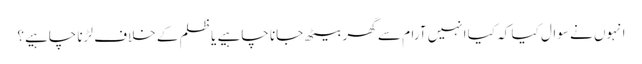
انہوں نے سوال کیا کہ کیا انہیں آرام سے گھر بیٹھ جانا چاہیے یا ظلم کے خلاف لڑنا چاہیے؟